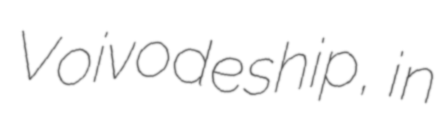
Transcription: Voivodeship, in